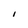
Character: I